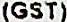
(GST)